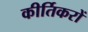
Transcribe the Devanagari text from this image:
कीर्तिकरों